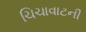
ચિચાવાટની